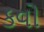
કવો